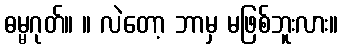
ဓမ္မဂုတ်။ ။ လဲတော့ ဘာမှ မဖြစ်ဘူးလား။